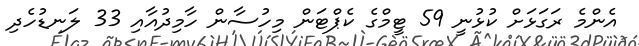
އެންމެ ރަގަޅަށް ކުޅުނީ 59 ޓީމްގެ ކެޕްޓަން މިހުސާން ހާމިދުއާއި 33 ލަނޑުހެދި